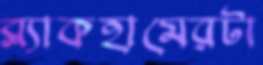
ব্ল্যাকহামেরটা